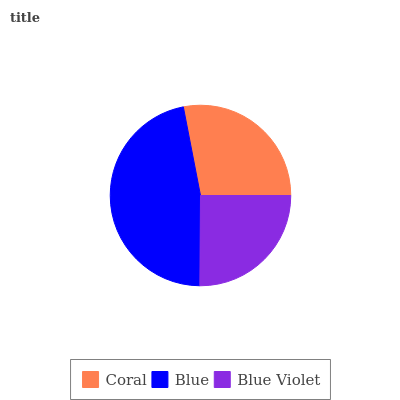
| Coral | Blue | Blue Violet |
 | --- | --- | --- |
 | 28% | 46.8% | 25.2% |